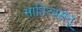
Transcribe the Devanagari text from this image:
साहित्यसेतू